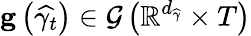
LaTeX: \mathbf{g}\left(\widehat{\gamma_{t}}\right)\in\mathcal{G}\left(\mathbb{R}^{d_{\widehat{\gamma}}}\times T\right)